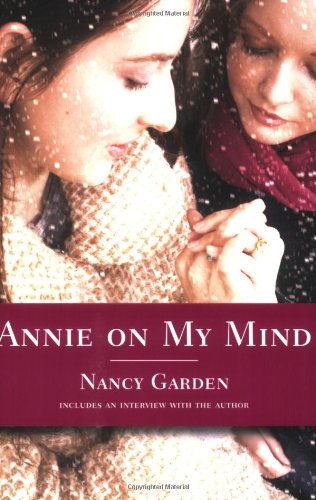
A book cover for Annie on My Mind; Nancy Garden; Teen & Young Adult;